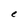
Character: e